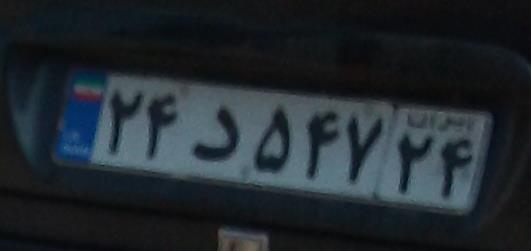
۲۴د۵۴۷۲۴